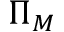
\Pi _ { M }